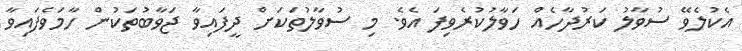
އެކުލެވޭ ސުވާލު ކަރުދާހެއް ހަވާލުކުރެވިފަ އެވެ. މި ސުވާލުތަކަށް ދީފައިވާ ޖަވާބުތަކުން ހާމަވެފައިވާ